Scottish Leaving Certificate Examination, 1955
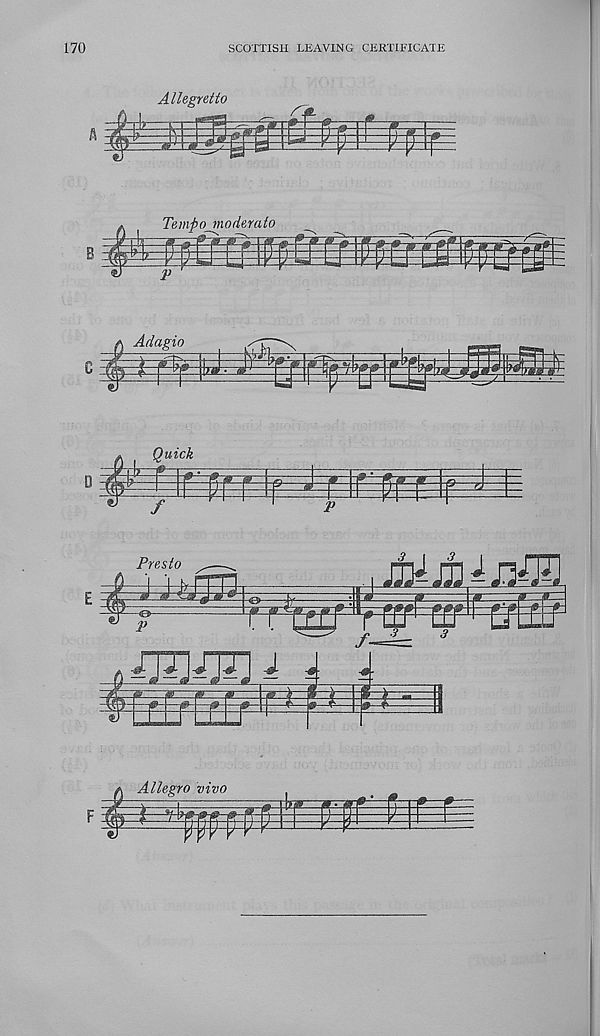
170
SCOTTISH LEAVING CERTIFICATE
Allegretto
Tempo moderalo
Adagio
ma
mm
Quick
D -1&
-0^-» ^=j ; jo ^ f i r p p
iff— -f-^-p-er-w.
f
P
Presto
snLmiML
f r i t^T :| 'r^r ^l r
p
i
/-=
p'~~w
r
Allegro vivo
T» 1*